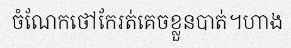
ចំណែកថៅកែរត់គេចខ្លួនបាត់។ហាង